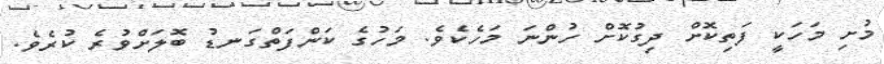
މުށި މަހަކީ ފަތިކޮށް ދިގުކޮށް ހުންނަ މަހެކެވެ. މަހުގެ ކަންފަތްގަނޑު ބޮލަށްވުރެ ކުރެވެ.